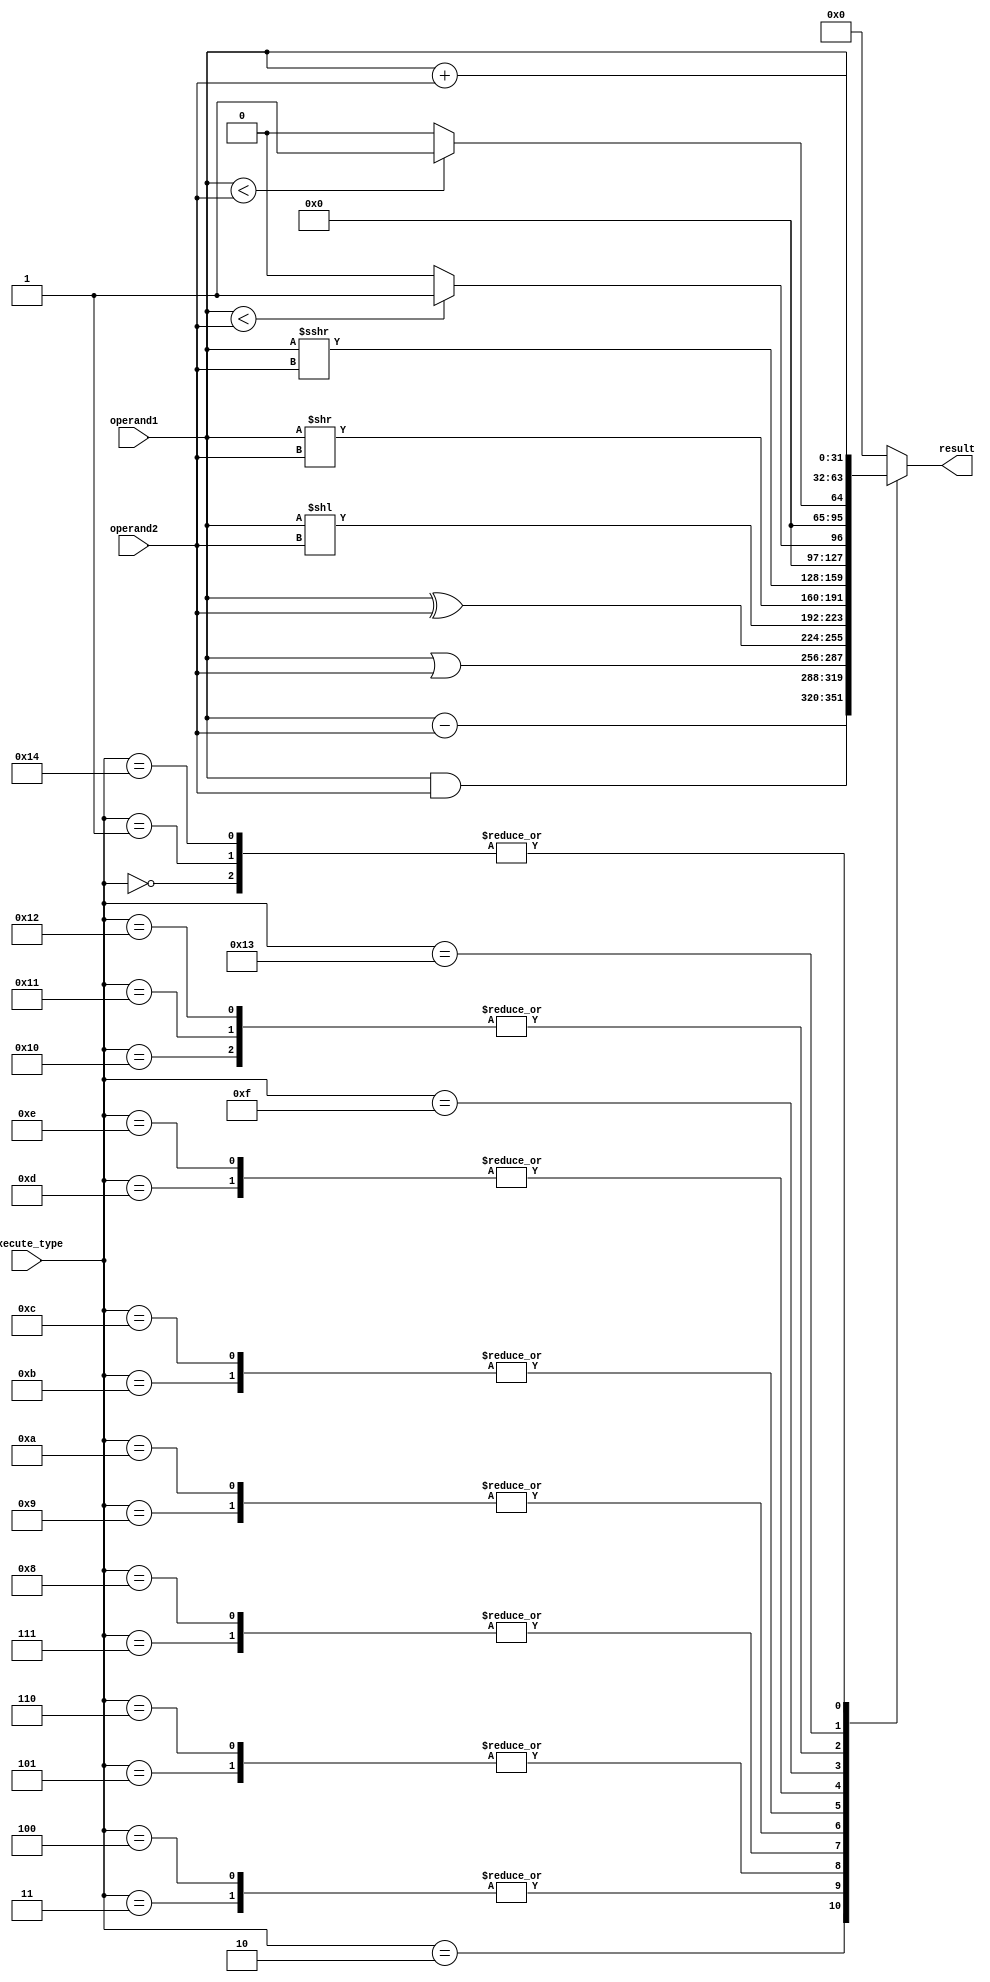
module AU(
	// Input signals
	input wire [31:0]	operand1,
	input wire [31:0]	operand2,
	input wire [4:0]	execute_type,
	// Output signals	
	output reg [31:0]	result
);


	always @(*) begin
		case(execute_type)
			5'd0: begin // add
				result <= operand1 + operand2;
			end
			5'd1: begin // addi
				result <= operand1 + operand2;
			end
			5'd2: begin // sub
				result <= operand1 - operand2;
			end
			5'd3: begin // and
				result <= operand1 & operand2;
			end
			5'd4: begin // andi
				result <= operand1 & operand2;
			end
			5'd5: begin // or
				result <= operand1 | operand2;
			end
			5'd6: begin // ori
				result <= operand1 | operand2;
			end
			5'd7: begin // xor
				result <= operand1 ^ operand2;
			end
			5'd8: begin // xori
				result <= operand1 ^ operand2;
			end
			5'd9: begin // sll
				result <= operand1 << operand2;
			end
			5'd10: begin // slli
				result <= operand1 << operand2;
			end
			5'd11: begin // srl
				result <= operand1 >> operand2;
			end
			5'd12: begin //srli
				
				result <= operand1 >> operand2;
			end
			5'd13: begin //sra
				result <= $signed(operand1) >>> operand2;
			end
			5'd14: begin // srai
				
				result <= $signed(operand1) >>> operand2;
			end
			5'd15: begin // slt
				result <= ($signed(operand1) < $signed(operand2)) ? 32'd1 : 32'd0;
			end
			5'd16: begin // slti
				
				result <= (operand1 < operand2) ? 32'd1 : 32'd0;
			end
			5'd17: begin // sltu
				result <= (operand1 < operand2) ? 32'd1 : 32'd0;
			end
			5'd18: begin // sltiu
				
				result <= (operand1 < operand2) ? 32'd1 : 32'd0;
			end
			5'd19: begin // lui
				result <= operand1;
			end
			5'd20: begin // auipc
				result <= operand1 + operand2;
			end
			default: begin
				result <= 32'd0;
			end
		endcase
	end
endmodule